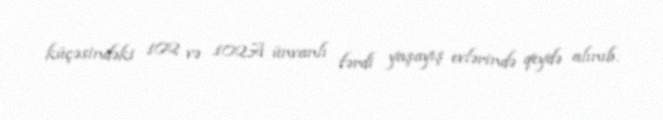
küçəsindəki 102 və 102A ünvanlı fərdi yaşayış evlərində qeydə alınıb.